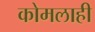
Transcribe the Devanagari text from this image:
कोमलाही